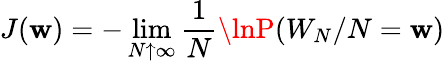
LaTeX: J(\mathbf{w})=-\operatorname*{lim}_{N\uparrow\infty}\frac{{1}}{{N}}\lnP(W_{N}/N=\mathbf{w})